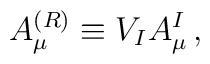
A_\mu ^{(R)}\equiv V_I A_\mu ^I\,,